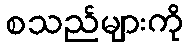
စသည်များကို